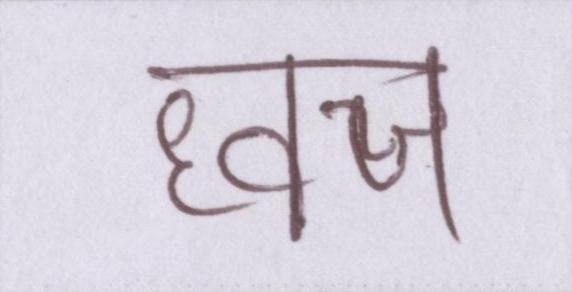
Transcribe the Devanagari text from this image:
ध्वज